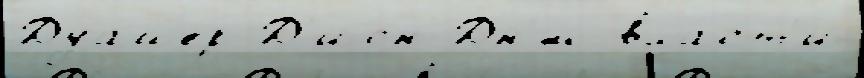
Дуайер Д'ион Дн'́м вла́ст'и